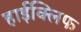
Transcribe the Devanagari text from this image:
हाईक्लिफ